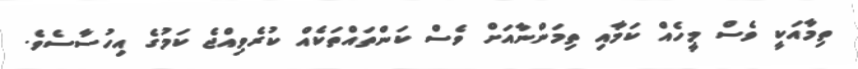
ތިމާއަކީ ވެސް މީހެއް ކަމާއި ތިމަންނާއަށް ވެސް ކަންތައްތަކެއް ކުރެވިއްޖެ ކަމުގެ އިހުސާސެވެ.